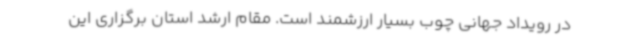
در رویداد جهانی چوب بسیار ارزشمند است. مقام ارشد استان برگزاری این